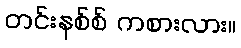
တင်းနစ်စ် ကစားလား။